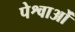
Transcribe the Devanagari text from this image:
पेश्वाओं